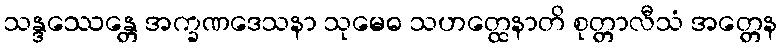
သန္ဒဿေန္တေ အက္ခဏဒေသနာ သုမေဓ သဟတ္ထေနာတိ စုတ္တာလီသံ အတ္တေန